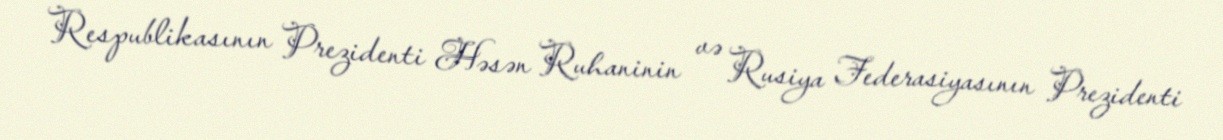
Respublikasının Prezidenti Həsən Ruhaninin və Rusiya Federasiyasının Prezidenti